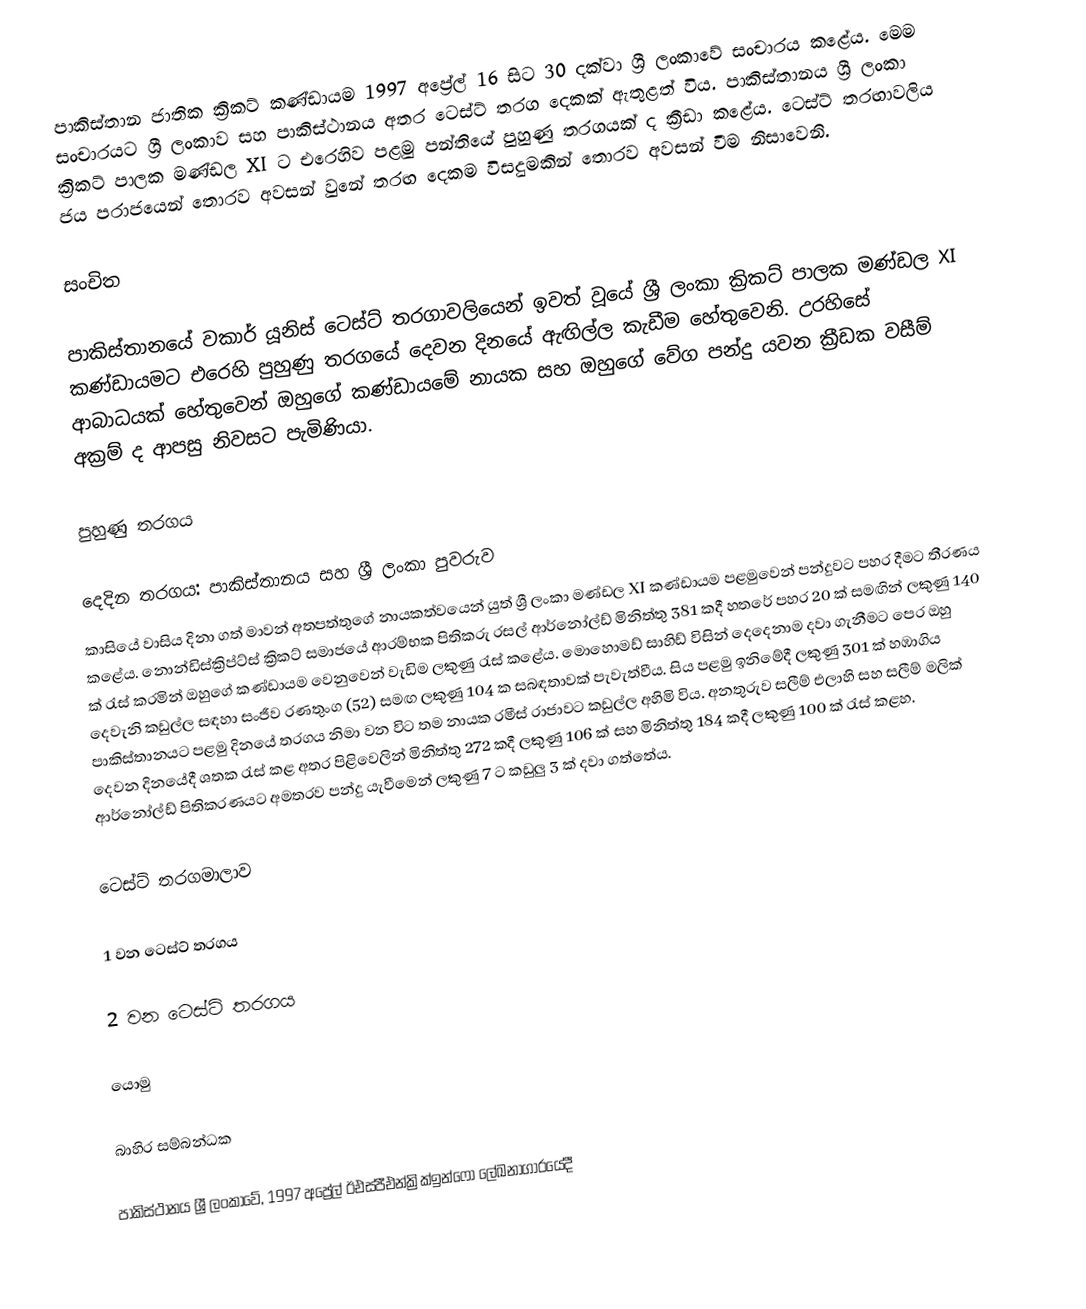
පාකිස්තාන ජාතික ක්‍රිකට් කණ්ඩායම 1997 අප්‍රේල් 16 සිට 30 දක්වා ශ්‍රී ලංකාවේ සංචාරය කළේය. මෙම සංචාරයට ශ්‍රී ලංකාව සහ පාකිස්ථානය අතර ටෙස්ට් තරග දෙකක් ඇතුළත් විය. පාකිස්තානය ශ්‍රී ලංකා ක්‍රිකට් පාලක මණ්ඩල XI ට එරෙහිව පළමු පන්තියේ  පුහුණු තරගයක් ද ක්‍රීඩා කළේය. ටෙස්ට් තරඟාවලිය ජය පරාජයෙන් තොරව අවසන් වුනේ තරඟ දෙකම විසදුමකින් තොරව අවසන් වීම නිසාවෙනි.

සංචිත

පාකිස්තානයේ වකාර් යූනිස් ටෙස්ට් තරගාවලියෙන් ඉවත් වූයේ ශ්‍රී ලංකා ක්‍රිකට් පාලක මණ්ඩල XI කණ්ඩායමට එරෙහි පුහුණු තරගයේ දෙවන දිනයේ ඇඟිල්ල කැඩීම හේතුවෙනි.  උරහිසේ ආබාධයක් හේතුවෙන් ඔහුගේ කණ්ඩායමේ නායක සහ ඔහුගේ වේග පන්දු යවන ක්‍රීඩක වසීම් අක්‍රම් ද ආපසු නිවසට පැමිණියා.

පුහුණු තරගය

දෙදින තරගය: පාකිස්තානය සහ ශ්‍රී ලංකා පුවරුව
කාසියේ වාසිය දිනා ගත් මාවන් අතපත්තුගේ නායකත්වයෙන් යුත් ශ්‍රී ලංකා මණ්ඩල XI කණ්ඩායම පළමුවෙන් පන්දුවට පහර දීමට තීරණය කළේය. නොන්ඩිස්ක්‍රිප්ට්ස් ක්‍රිකට් සමාජයේ ආරම්භක පිතිකරු රසල් ආර්නෝල්ඩ් මිනිත්තු 381 කදී හතරේ පහර 20 ක් සමඟින් ලකුණු 140 ක් රැස් කරමින් ඔහුගේ කණ්ඩායම වෙනුවෙන් වැඩිම ලකුණු රැස් කළේය. මොහොමඩ් සාහිඩ් විසින් දෙදෙනාම දවා ගැනීමට පෙර ඔහු දෙවැනි කඩුල්ල සඳහා සංජීව රණතුංග (52) සමඟ ලකුණු 104 ක සබඳතාවක් පැවැත්වීය. සිය පළමු ඉනිමේදී ලකුණු 301 ක් හඹාගිය පාකිස්තානයට පළමු දිනයේ තරගය නිමා වන විට තම නායක රමීස් රාජාවට කඩුල්ල අහිමි විය. අනතුරුව සලීම් එලාහි සහ සලීම් මලික් දෙවන දිනයේදී ශතක රැස් කළ අතර පිළිවෙලින් මිනිත්තු 272 කදී ලකුණු 106 ක් සහ මිනිත්තු 184 කදී ලකුණු 100 ක් රැස් කළහ. ආර්නෝල්ඩ් පිතිකරණයට අමතරව පන්දු යැවීමෙන් ලකුණු 7 ට කඩුලු 3 ක් දවා ගත්තේය.

ටෙස්ට් තරගමාලාව

1 වන ටෙස්ට් තරගය

2 වන ටෙස්ට් තරගය

යොමු

බාහිර සම්බන්ධක

 පාකිස්ථානය ශ්‍රී ලංකාවේ, 1997 අප්‍රේල් ඊඑස්පීඑන්ක්‍රික්ඉන්ෆෝ ලේඛනාගාරයේදී